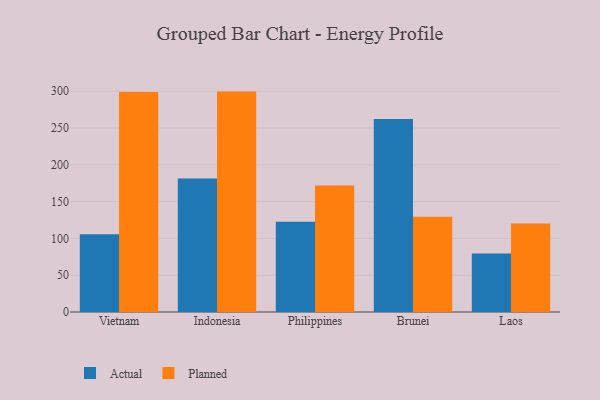
{"axis": {"x": "Country", "y": "Population (Million)"}, "legend": ["Actual", "Planned"], "data": [{"x": "Vietnam", "y": 105.5, "type": "Actual"}, {"x": "Vietnam", "y": 298.9, "type": "Planned"}, {"x": "Indonesia", "y": 181.3, "type": "Actual"}, {"x": "Indonesia", "y": 299.5, "type": "Planned"}, {"x": "Philippines", "y": 122.7, "type": "Actual"}, {"x": "Philippines", "y": 172.0, "type": "Planned"}, {"x": "Brunei", "y": 262.2, "type": "Actual"}, {"x": "Brunei", "y": 129.5, "type": "Planned"}, {"x": "Laos", "y": 79.6, "type": "Actual"}, {"x": "Laos", "y": 120.4, "type": "Planned"}]}